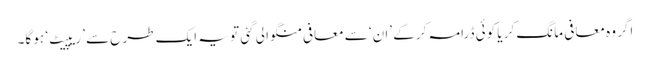
اگر وہ معافی مانگ کر یا کوئی ڈرامہ کر کے ’ان‘ سے معافی منگوا لی گئی تو یہ ایک طرح سے ’ریپیٹ‘ ہو گا۔